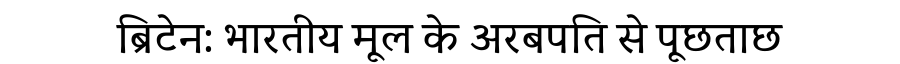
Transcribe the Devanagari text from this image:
ब्रिटेन: भारतीय मूल के अरबपति से पूछताछ